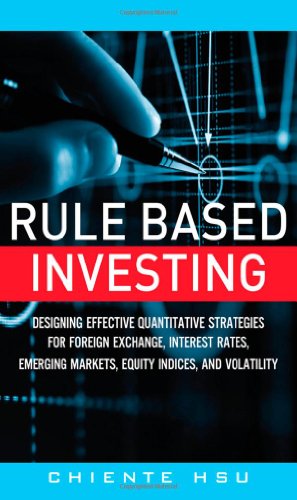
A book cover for Rule Based Investing: Designing Effective Quantitative Strategies for Foreign Exchange, Interest Rates, Emerging Markets, Equity Indices, and Volatility; Chiente Hsu; Business & Money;